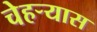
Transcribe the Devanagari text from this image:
चेहर्‍यास